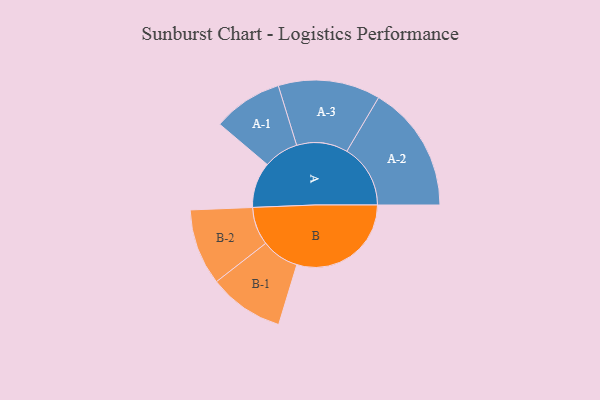
{"axis": {"x": "Segment", "y": "Value"}, "legend": ["", "A", "B"], "data": [{"x": "A", "y": 197, "type": ""}, {"x": "B", "y": 495, "type": ""}, {"x": "A-1", "y": 151, "type": "A"}, {"x": "A-2", "y": 275, "type": "A"}, {"x": "A-3", "y": 221, "type": "A"}, {"x": "B-1", "y": 163, "type": "B"}, {"x": "B-2", "y": 165, "type": "B"}]}